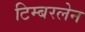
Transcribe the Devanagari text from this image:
टिम्बरलेन